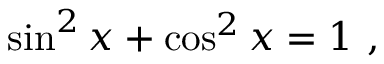
\sin ^ { 2 } x + \cos ^ { 2 } x = 1 \ ,